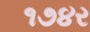
૧૭૪ર